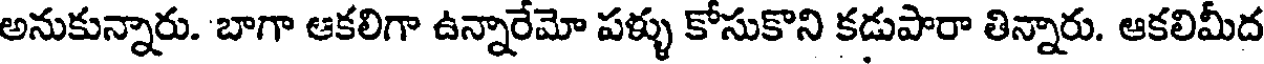
అనుకున్నారు. బాగా ఆకలిగా ఉన్నారేమో పళ్ళు కోసుకొని కడుపారా తిన్నారు. ఆకలిమీద